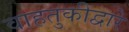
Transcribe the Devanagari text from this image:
वाहतुकीद्वारे